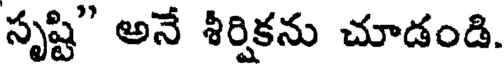
సృష్టి" అనే శీర్షికను చూడండి.